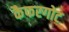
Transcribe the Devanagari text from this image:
कैफरगोट